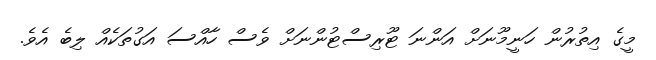
މީގެ އިތުރުން ހަނީމޫނަށް އަންނަ ޓޫރިސްޓުންނަށް ވެސް ހާއްސަ އަގުތަކެއް ލިބެ އެވެ.